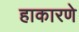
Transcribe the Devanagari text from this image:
हाकारणे